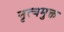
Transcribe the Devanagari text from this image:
नृत्यमुक्त